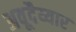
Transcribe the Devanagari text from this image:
अवूदैय्यार